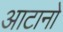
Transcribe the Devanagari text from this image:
आटानो